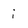
Character: i